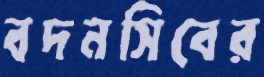
বদনসিবের